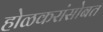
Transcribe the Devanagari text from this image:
होळकरांसोबत